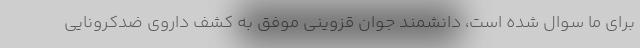
برای ما سوال شده است، دانشمند جوان قزوینی موفق به کشف داروی ضدکرونایی